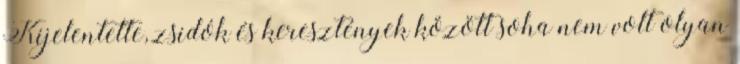
Kijelentette, zsidók és keresztények között soha nem volt olyan